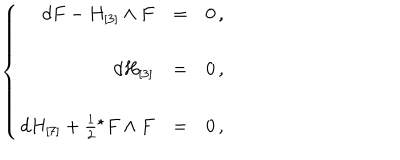
LaTeX: \left\{ \begin{array} { r c l } { { d F - H _ { [ 3 ] } \wedge F } } & { { = } } & { { 0 \, , } } \\ { { } } & { { } } & { { } } \\ { { d H _ { [ 3 ] } } } & { { = } } & { { 0 \, , } } \\ { { } } & { { } } & { { } } \\ { { d H _ { [ 7 ] } + \frac { 1 } { 2 } { } ^ { \star } F \wedge F } } & { { = } } & { { 0 \, , } } \\ \end{array} \right.